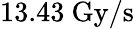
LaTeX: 13.43~\mathrm{Gy/s}